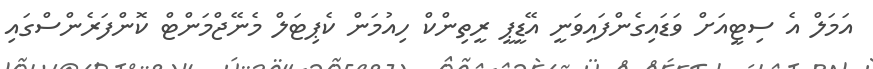
އަމަލް އެ ސިޓީއަށް ވަޑައިގެންފައިވަނީ އޭޑީޕީ ރީތިންކް ހިއުމަން ކެޕިޓަލް މެނޭޖްމަންޓް ކޮންފަރެންސްގައި